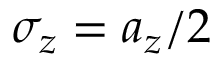
\sigma _ { z } = a _ { z } / 2